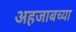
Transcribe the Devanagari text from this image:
अहजाबच्या